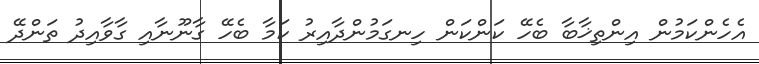
އެހެންކަމުން އިންތިޚާބާ ބެހޭ ކަންކަން ހިނގަމުންދާއިރު ކަމާ ބެހޭ ގާނޫނާއި ގާވާއިދު ތަންދޭ